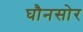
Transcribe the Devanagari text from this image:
घौनसोर